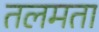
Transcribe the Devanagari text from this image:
तलमता